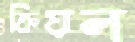
ক্রিয়ল